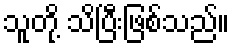
သူတို့ သိပြီးဖြစ်သည်။